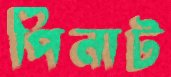
পিনাট